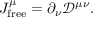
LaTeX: J _ { \mathrm { f r e e } } ^ { \mu } = \partial _ { \nu } { \mathcal { D } } ^ { \mu \nu } .